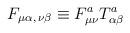
LaTeX: \begin{align*}F_{\mu\alpha,\,\nu\beta}\equiv F^{a}_{\mu\nu}T^{a}_{\alpha\beta}\end{align*}